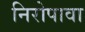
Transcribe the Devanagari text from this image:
निरोपावा